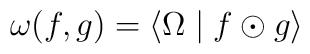
\omega (f,g)=\left\langle \Omega \mid f\odot g\right\rangle